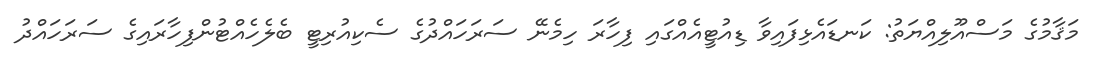
މަޤާމުގެ މަސްއޫލިއްޔަތު: ކަނޑައެޅިފައިވާ ޑިއުޓީއެއްގައި ފިހާރަ ހިމެނޭ ސަރަހައްދުގެ ސެކިއުރިޓީ ބެލެހެއްޓުންފިހާރައިގެ ސަރަހައްދު